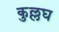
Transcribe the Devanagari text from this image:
कुल्लघ